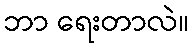
ဘာ ရေးတာလဲ။